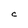
Character: C